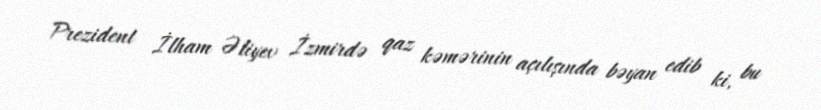
Prezident İlham Əliyev İzmirdə qaz kəmərinin açılışında bəyan edib ki, bu